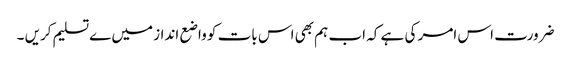
ضرورت اس امر کی ہے کہ اب ہم بھی اس بات کو واضع انداز میں ےتسلیم کریں ۔